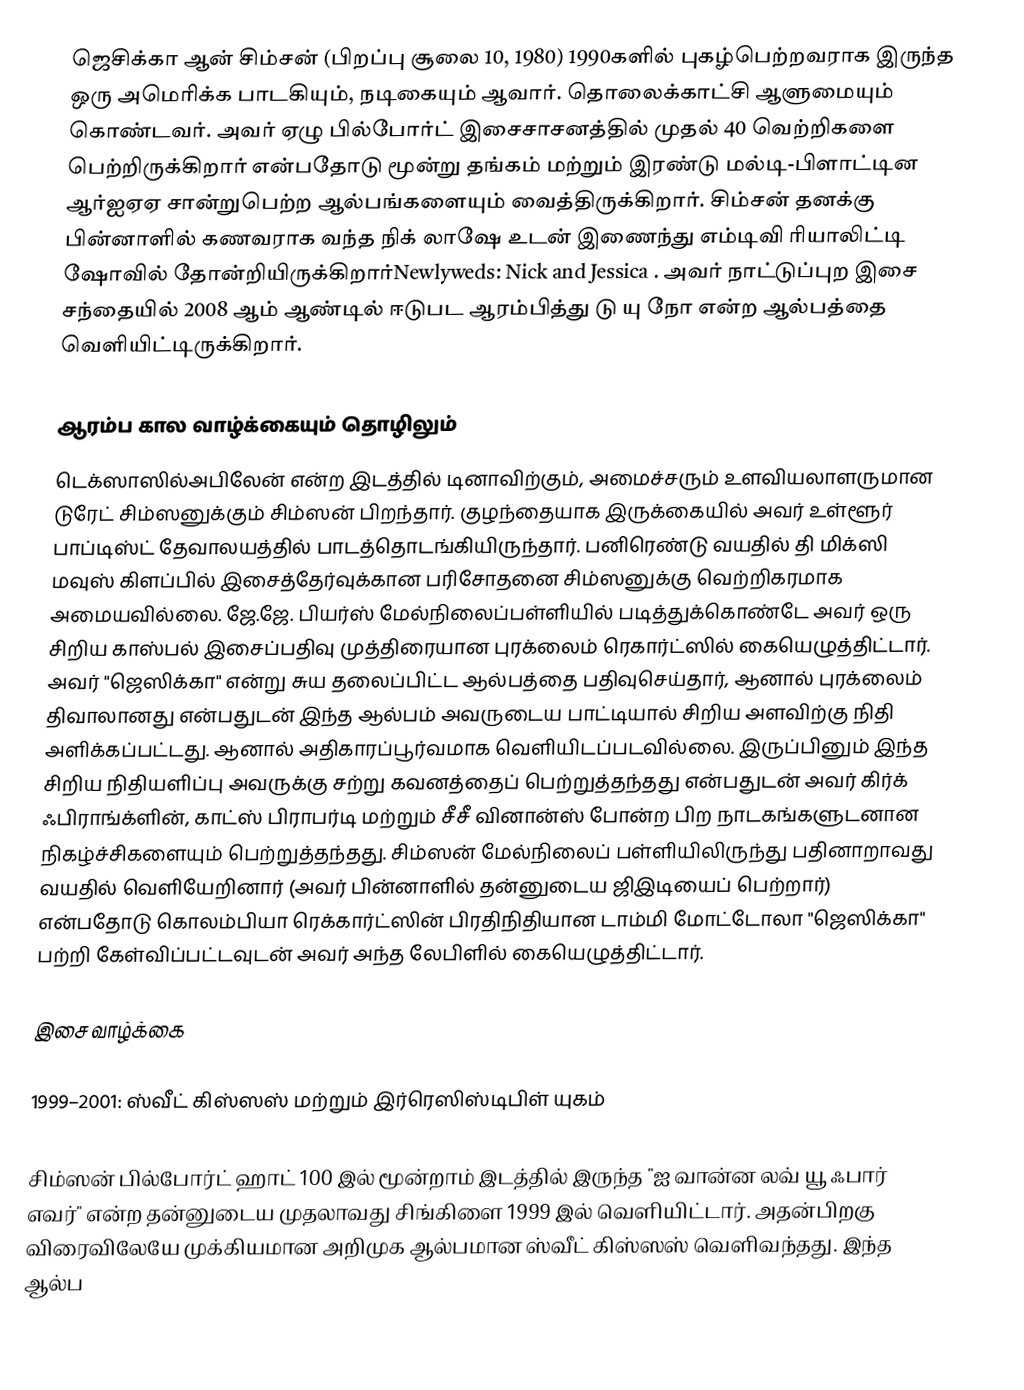
ஜெசிக்கா ஆன் சிம்சன் (பிறப்பு சூலை 10, 1980) 1990களில் புகழ்பெற்றவராக இருந்த ஒரு அமெரிக்க பாடகியும், நடிகையும் ஆவார். தொலைக்காட்சி ஆளுமையும் கொண்டவர். அவர் ஏழு பில்போர்ட் இசைசாசனத்தில் முதல் 40 வெற்றிகளை பெற்றிருக்கிறார் என்பதோடு மூன்று தங்கம் மற்றும் இரண்டு மல்டி-பிளாட்டின ஆர்ஐஏஏ சான்றுபெற்ற ஆல்பங்களையும் வைத்திருக்கிறார். சிம்சன் தனக்கு பின்னாளில் கணவராக வந்த நிக் லாஷே உடன் இணைந்து எம்டிவி ரியாலிட்டி ஷோவில் தோன்றியிருக்கிறார்Newlyweds: Nick and Jessica . அவர் நாட்டுப்புற இசை சந்தையில் 2008 ஆம் ஆண்டில் ஈடுபட ஆரம்பித்து டு யு நோ என்ற ஆல்பத்தை வெளியிட்டிருக்கிறார்.

ஆரம்ப கால வாழ்க்கையும் தொழிலும்
டெக்ஸாஸில்அபிலேன் என்ற இடத்தில் டினாவிற்கும், அமைச்சரும் உளவியலாளருமான டுரேட் சிம்ஸனுக்கும் சிம்ஸன் பிறந்தார். குழந்தையாக இருக்கையில் அவர் உள்ளூர் பாப்டிஸ்ட் தேவாலயத்தில் பாடத்தொடங்கியிருந்தார். பனிரெண்டு வயதில் தி மிக்ஸி மவுஸ் கிளப்பில் இசைத்தேர்வுக்கான பரிசோதனை சிம்ஸனுக்கு வெற்றிகரமாக அமையவில்லை. ஜே.ஜே. பியர்ஸ் மேல்நிலைப்பள்ளியில் படித்துக்கொண்டே அவர் ஒரு சிறிய காஸ்பல் இசைப்பதிவு முத்திரையான புரக்லைம் ரெகார்ட்ஸில் கையெழுத்திட்டார். அவர் "ஜெஸிக்கா" என்று சுய தலைப்பிட்ட ஆல்பத்தை பதிவுசெய்தார், ஆனால் புரக்லைம் திவாலானது என்பதுடன் இந்த ஆல்பம் அவருடைய பாட்டியால் சிறிய அளவிற்கு நிதி அளிக்கப்பட்டது.  ஆனால் அதிகாரப்பூர்வமாக வெளியிடப்படவில்லை. இருப்பினும் இந்த சிறிய நிதியளிப்பு அவருக்கு சற்று கவனத்தைப் பெற்றுத்தந்தது என்பதுடன் அவர் கிர்க் ஃபிராங்க்ளின், காட்ஸ் பிராபர்டி மற்றும் சீசீ வினான்ஸ் போன்ற பிற நாடகங்களுடனான நிகழ்ச்சிகளையும் பெற்றுத்தந்தது. சிம்ஸன் மேல்நிலைப் பள்ளியிலிருந்து பதினாறாவது வயதில் வெளியேறினார் (அவர் பின்னாளில் தன்னுடைய ஜிஇடியைப் பெற்றார்) என்பதோடு கொலம்பியா ரெக்கார்ட்ஸின் பிரதிநிதியான டாம்மி மோட்டோலா "ஜெஸிக்கா" பற்றி கேள்விப்பட்டவுடன் அவர் அந்த லேபிளில் கையெழுத்திட்டார்.

இசை வாழ்க்கை

1999–2001: ஸ்வீட் கிஸ்ஸஸ் மற்றும் இர்ரெஸிஸ்டிபிள் யுகம்

சிம்ஸன் பில்போர்ட் ஹாட் 100 இல் மூன்றாம் இடத்தில் இருந்த "ஐ வான்ன லவ் யூ ஃபார் எவர்" என்ற தன்னுடைய முதலாவது சிங்கிளை 1999 இல் வெளியிட்டார். அதன்பிறகு விரைவிலேயே முக்கியமான அறிமுக ஆல்பமான ஸ்வீட் கிஸ்ஸஸ் வெளிவந்தது. இந்த ஆல்ப